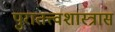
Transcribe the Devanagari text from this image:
पुरातत्त्वशास्त्रास